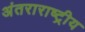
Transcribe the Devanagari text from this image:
अंतराराष्ट्रीय